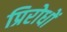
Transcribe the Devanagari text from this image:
प्रिरोधों